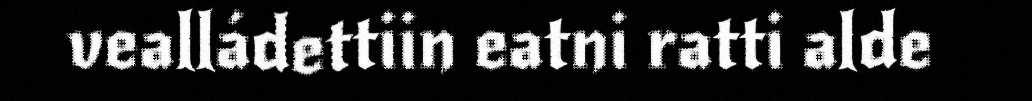
vealládettiin eatni ratti alde